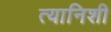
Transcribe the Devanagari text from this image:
त्यानिशी